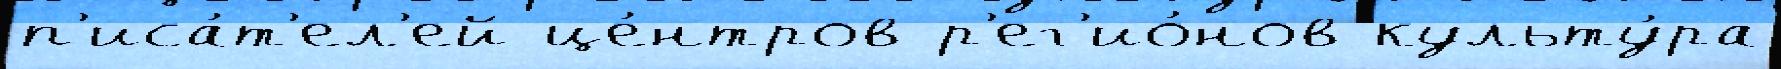
п'иса́т'ел'ей це́нтров р'ег'ио́нов культу́ра